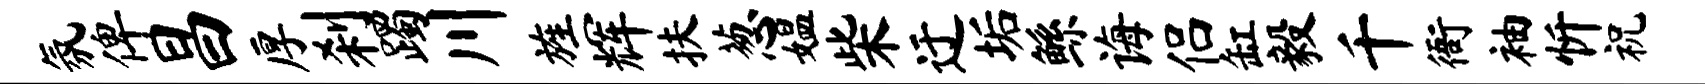
氛俾昌厚刹躅川旌辉扶葱媪柴迂垢鲧诲侣缸毅千衙袖忻祝